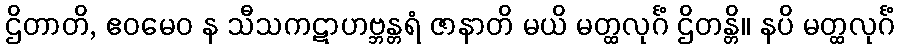
ဌိတာတိ, ဧဝမေဝ န သီသကဋာဟဗ္ဘန္တရံ ဇာနာတိ မယိ မတ္ထလုင်္ဂံ ဌိတန္တိ။ နပိ မတ္ထလုင်္ဂံ